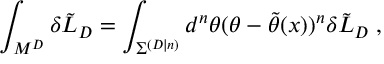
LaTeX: \int _ { M ^ { D } } \delta \tilde { { \cal L } } _ { D } = \int _ { { \Sigma } ^ { ( D | n ) } } d ^ { n } \theta ( \theta - \tilde { \theta } ( x ) ) ^ { n } \delta \tilde { { \cal L } } _ { D } \; ,